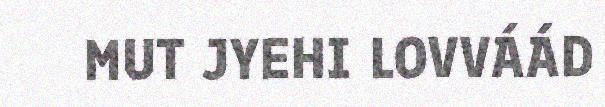
MUT JYEHI LOVVÁÁD